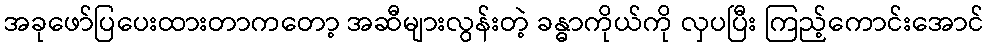
အခုဖော်ပြပေးထားတာကတော့ အဆီများလွန်းတဲ့ ခန္ဓာကိုယ်ကို လှပပြီး ကြည့်ကောင်းအောင်